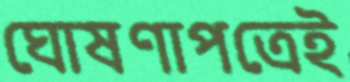
ঘোষণাপত্রেই